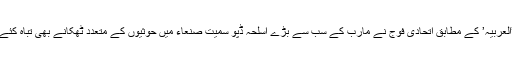
’العربیہ’ کے مطابق اتحادی فوج نے مارب کے سب سے بڑے اسلحہ ڈپو سمیت صنعاء میں حوثیوں کے متعدد ٹھکانے بھی تباہ کئے۔